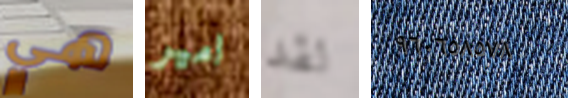
هي امير لقد ٩٦٠٦٥٨٥٧٨